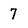
Character: 7